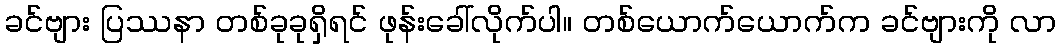
ခင်ဗျား ပြဿနာ တစ်ခုခုရှိရင် ဖုန်းခေါ်လိုက်ပါ။ တစ်ယောက်ယောက်က ခင်ဗျားကို လာ